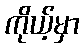
ကိုယ့်မှာ